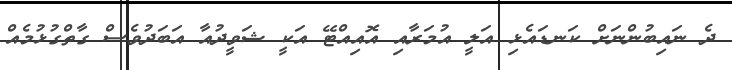
ދެ ނައިބުންނަށް ކަނޑައެޅި އަލީ އުމަރާއި އޮއިއްޓޭ އަކީ ޝަވީދުއާ އަބަދުވެސް ގާތްގުޅުމެއް